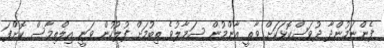
ފެންނަމުންދާ ދުވަސްކޮޅަކަށް ވާތީ އާންމުން ސަމާލުވެ ތިބުމަށް ފުލުހުން ވަނީ އިލްތިމާސް ކޮށްފަ